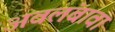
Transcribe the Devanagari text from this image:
अवलंबावा